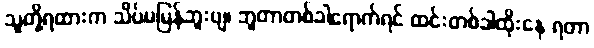
သူတို့ရထားက သိပ်မမြန်ဘူးဗျ၊ ဘူတာတစ်ခါရောက်ရင် ထင်းတစ်ခါထိုးနေ ရတာ